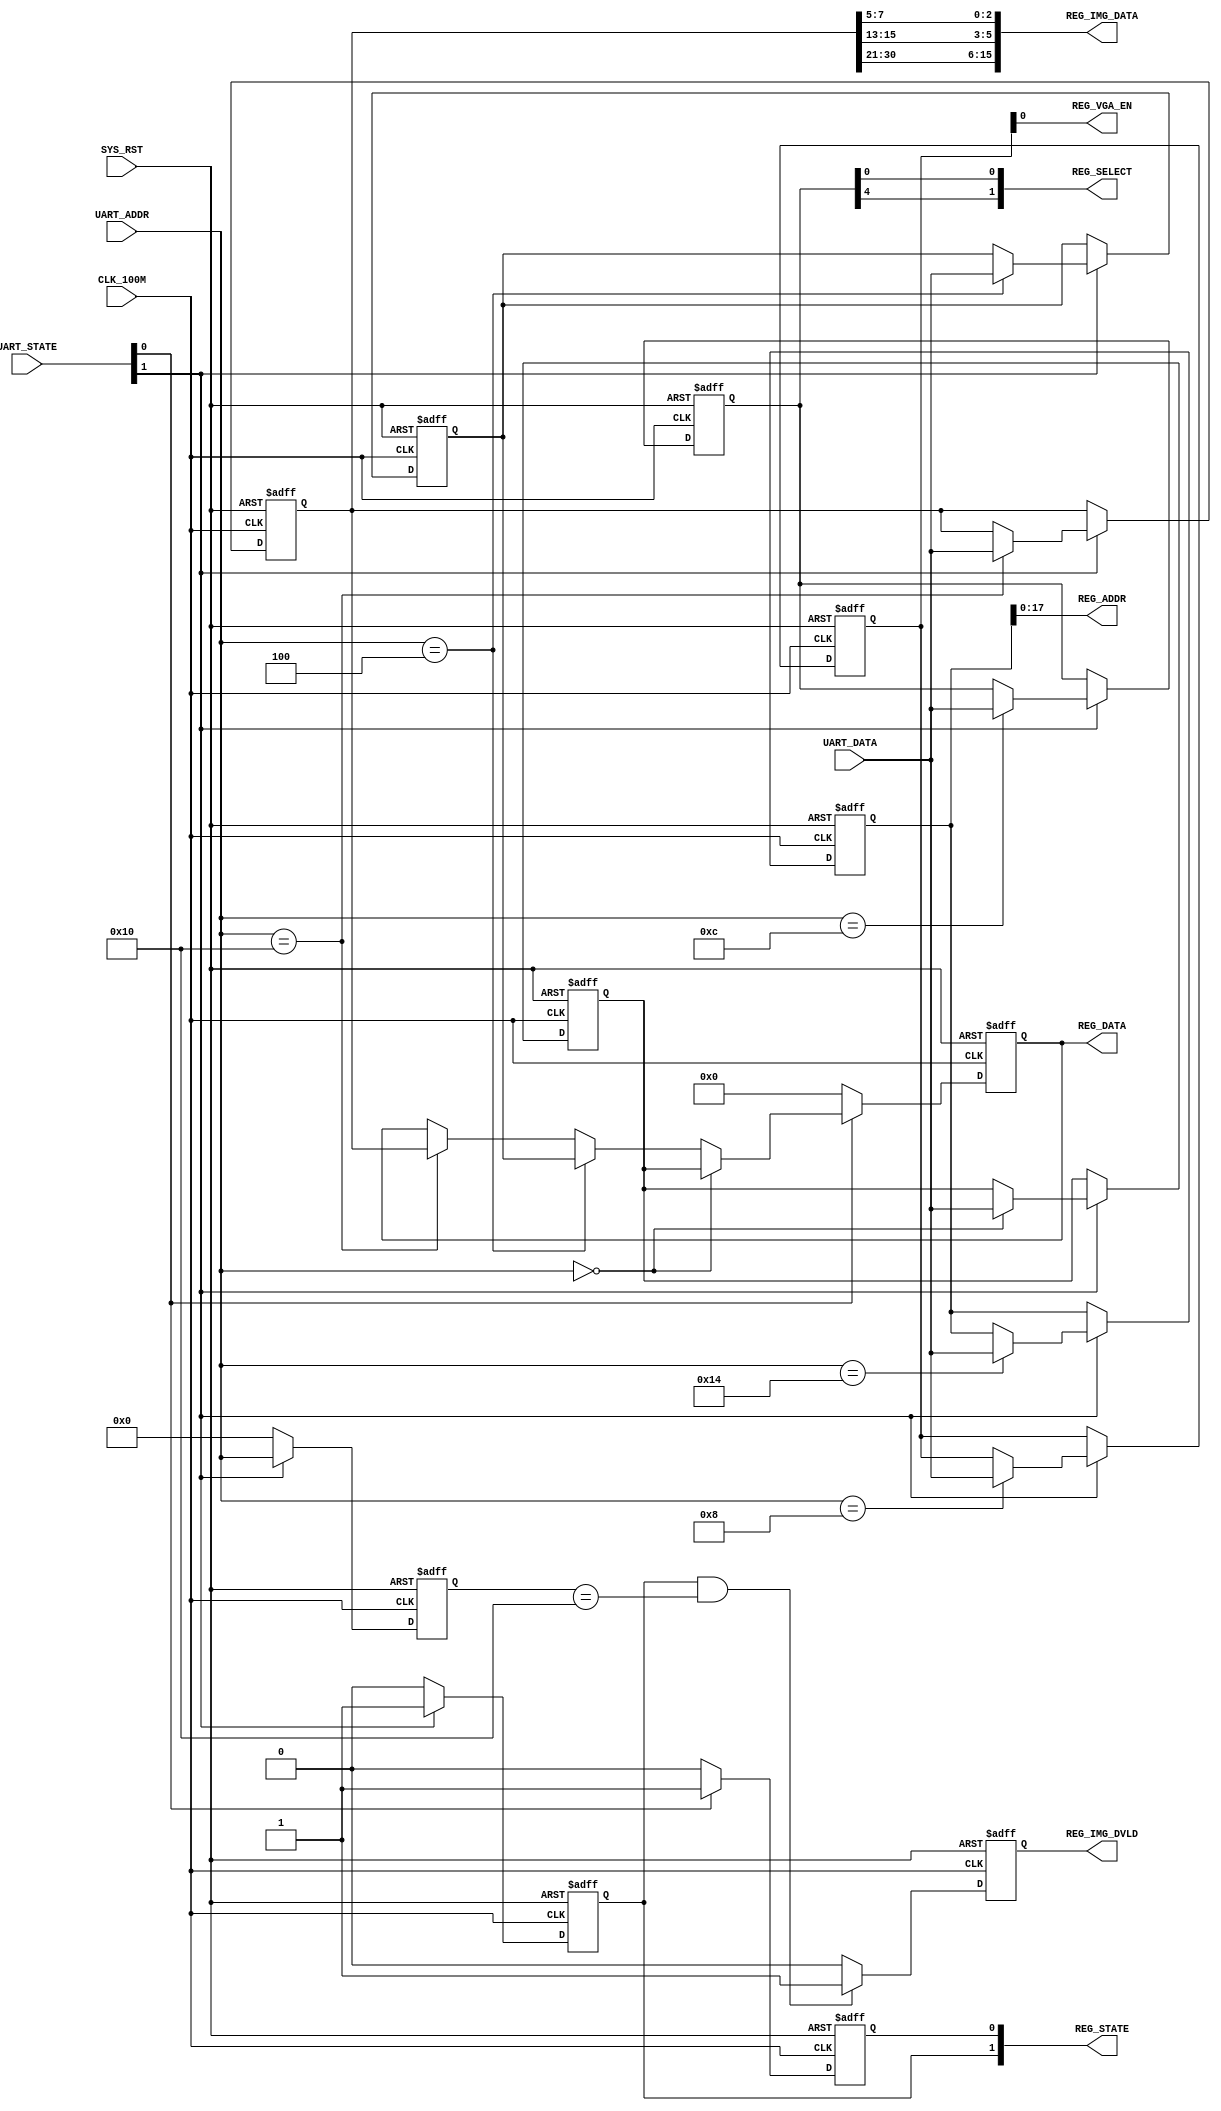
`timescale 1ns / 1ps

module REGISTER (
    // system signals
    input   wire                        CLK_100M                                , // (i) clock 100MHz
    input   wire                        SYS_RST                                 , // (i) system reset (high-active)

    // input signals
    input   wire[1:0]                   UART_STATE                              , // (i) UART_CTRL state signal

    input   wire[31:0]                  UART_DATA                               , // (i) UART_CTRL data
    input   wire[7:0]                   UART_ADDR                               , // (i) UART_CTRL address

    output  wire[1:0]                   REG_STATE                               , // (o) UART_REG state signal
    output  wire[31:0]                  REG_DATA                                , // (o) UART_REG data

    output  wire                        REG_VGA_EN                              , // (o) VGA enable

    output  wire[1:0]                   REG_SELECT                              , // (o) VGA display source select

    output  wire                        REG_IMG_DVLD                            , // (o) output image data valid
    output  wire[15:0]                  REG_IMG_DATA                            , // (o) output image data

    output  wire[17:0]                  REG_ADDR                                  // (o) address image data store
    );

    // -------------------------------------------------------------
    // Internal signal definition
    // -------------------------------------------------------------
    // write
    reg                                 r_reg_write                             ; // write enable

    // read
    reg         [31:0]                  r_reg_data                              ; // data
    reg         [7:0]                   r_reg_addr                              ; // address
    reg                                 r_reg_read                              ; // read enable

    // register
    reg         [31:0]                  r_reg_reg_00                            ; // register 00 FPGA Version
    reg         [31:0]                  r_reg_reg_04                            ; // register 04 FPGA Date
    reg         [31:0]                  r_reg_reg_08                            ; // register 08 VGA ON/OFF
    reg         [31:0]                  r_reg_reg_0C                            ; // register 0C VGA select(0:input 1:Colorbar12:Colorbar2)
    reg         [31:0]                  r_reg_reg_10                            ; // register 10 input file write
    reg         [31:0]                  r_reg_reg_14                            ; // register 14 input store address(32h'00000/32h'20000)

    reg                                 r_reg_img_dvld                          ; // image data valid

// =============================================================================
// RTL Body
// =============================================================================
    // write in register
    always @(posedge CLK_100M or posedge SYS_RST) begin
        if (SYS_RST) begin
            // reset
            r_reg_reg_00    <= 32'b0;
            r_reg_reg_04    <= 32'b0;
            r_reg_reg_08    <= 32'b0;
            r_reg_reg_0C    <= 32'b0;
            r_reg_reg_10    <= 32'b0;
            r_reg_reg_14    <= 32'b0;
        end else begin
            if (UART_STATE[1]) begin
                case ( UART_ADDR )
                    8'h00 : begin
                        r_reg_reg_00 <= UART_DATA;
                        r_reg_reg_04 <= r_reg_reg_04;
                        r_reg_reg_08 <= r_reg_reg_08;
                        r_reg_reg_0C <= r_reg_reg_0C;
                        r_reg_reg_10 <= r_reg_reg_10;
                        r_reg_reg_14 <= r_reg_reg_14;
                    end

                    8'h04 : begin
                        r_reg_reg_00 <= r_reg_reg_00;
                        r_reg_reg_04 <= UART_DATA;
                        r_reg_reg_08 <= r_reg_reg_08;
                        r_reg_reg_0C <= r_reg_reg_0C;
                        r_reg_reg_10 <= r_reg_reg_10;
                        r_reg_reg_14 <= r_reg_reg_14;
                    end

                    8'h08 : begin
                        r_reg_reg_00 <= r_reg_reg_00;
                        r_reg_reg_04 <= r_reg_reg_04;
                        r_reg_reg_08 <= UART_DATA;
                        r_reg_reg_0C <= r_reg_reg_0C;
                        r_reg_reg_10 <= r_reg_reg_10;
                        r_reg_reg_14 <= r_reg_reg_14;
                    end

                    8'h0C : begin
                        r_reg_reg_00 <= r_reg_reg_00;
                        r_reg_reg_04 <= r_reg_reg_04;
                        r_reg_reg_08 <= r_reg_reg_08;
                        r_reg_reg_0C <= UART_DATA;
                        r_reg_reg_10 <= r_reg_reg_10;
                        r_reg_reg_14 <= r_reg_reg_14;
                    end

                    8'h10 : begin
                        r_reg_reg_00 <= r_reg_reg_00;
                        r_reg_reg_04 <= r_reg_reg_04;
                        r_reg_reg_08 <= r_reg_reg_08;
                        r_reg_reg_0C <= r_reg_reg_0C;
                        r_reg_reg_10 <= UART_DATA;
                        r_reg_reg_14 <= r_reg_reg_14;
                    end

                    8'h14 : begin
                        r_reg_reg_00 <= r_reg_reg_00;
                        r_reg_reg_04 <= r_reg_reg_04;
                        r_reg_reg_08 <= r_reg_reg_08;
                        r_reg_reg_0C <= r_reg_reg_0C;
                        r_reg_reg_10 <= r_reg_reg_10;
                        r_reg_reg_14 <= UART_DATA;
                    end

                    default : begin
                        r_reg_reg_00 <= r_reg_reg_00;
                        r_reg_reg_04 <= r_reg_reg_04;
                        r_reg_reg_08 <= r_reg_reg_08;
                        r_reg_reg_0C <= r_reg_reg_0C;
                        r_reg_reg_10 <= r_reg_reg_10;
                        r_reg_reg_14 <= r_reg_reg_14;
                    end

                endcase
            end else begin
                r_reg_reg_00 <= r_reg_reg_00;
                r_reg_reg_04 <= r_reg_reg_04;
                r_reg_reg_08 <= r_reg_reg_08;
                r_reg_reg_0C <= r_reg_reg_0C;
                r_reg_reg_10 <= r_reg_reg_10;
                r_reg_reg_14 <= r_reg_reg_14;
            end
        end
    end

    // write address
    always @(posedge CLK_100M or posedge SYS_RST) begin
        if (SYS_RST) begin
            // reset
            r_reg_addr <= 8'h0;
        end else begin
            if (UART_STATE[1]) begin
                r_reg_addr <= UART_ADDR;
            end else begin
                r_reg_addr <= 8'h0;
            end
        end
    end

    // write enable
    always @(posedge CLK_100M or posedge SYS_RST) begin
        if (SYS_RST) begin
            // reset
            r_reg_write <= 1'b0;
        end else begin
            if (UART_STATE[1]) begin
                r_reg_write <= 1'b1;
            end else begin
                r_reg_write <= 1'b0;
            end
        end
    end

    // img data valid
    always @(posedge CLK_100M or posedge SYS_RST) begin
        if (SYS_RST) begin
            // reset
            r_reg_img_dvld <= 1'b0;
        end else begin
            if (r_reg_write && r_reg_addr == 8'h10) begin
                r_reg_img_dvld <= 1'b1;
            end else begin
                r_reg_img_dvld <= 1'b0;
            end
        end
    end

    // read from register
    always @(posedge CLK_100M or posedge SYS_RST) begin
        if (SYS_RST) begin
            // reset
            r_reg_data  <= 32'b0;
            r_reg_read  <= 1'b0;
        end else begin
            if (UART_STATE[0]) begin
                r_reg_read  <= 1'b1;
                if (UART_ADDR == 8'h00) begin
                    r_reg_data <= r_reg_reg_00;
                end else if (UART_ADDR == 8'h04) begin
                    r_reg_data <= r_reg_reg_04;
                end else if (UART_ADDR == 8'h10) begin
                    r_reg_data <= r_reg_reg_10;
                end
            end else begin
                r_reg_data  <= 32'b0;
                r_reg_read  <= 1'b0;
            end
        end
    end

    assign REG_STATE[0]         = r_reg_read;
    assign REG_STATE[1]         = r_reg_write;
    assign REG_DATA             = r_reg_data;
    assign REG_VGA_EN           = r_reg_reg_08[0];
    assign REG_SELECT           = {r_reg_reg_0C[4], r_reg_reg_0C[0]};
    assign REG_IMG_DVLD         = r_reg_img_dvld;
    assign REG_IMG_DATA[2:0]    = r_reg_reg_10[7:5];
    assign REG_IMG_DATA[5:3]    = r_reg_reg_10[15:13];
    assign REG_IMG_DATA[15:6]   = r_reg_reg_10[30:21];
    assign REG_ADDR             = r_reg_reg_14[17:0];

endmodule